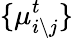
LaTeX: \{ \mu_{i\backslash j}^{t}\}